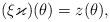
LaTeX: \begin{align*}(\xi\varkappa)(\theta)=z(\theta),\end{align*}